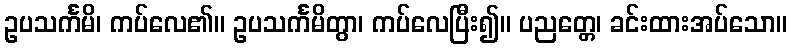
ဥပသင်္ကမိ၊ ကပ်လေ၏။ ဥပသင်္ကမိတွာ၊ ကပ်လေပြီး၍။ ပညတ္တေ၊ ခင်းထားအပ်သော။